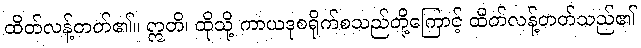
ထိတ်လန့်တတ်၏။ ဣတိ၊ ထိုသို့ ကာယဒုစရိုက်စသည်တို့ကြောင့် ထိတ်လန့်တတ်သည်၏